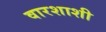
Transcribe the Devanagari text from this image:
वारशाशी